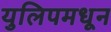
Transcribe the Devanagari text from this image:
युलिपमधून